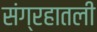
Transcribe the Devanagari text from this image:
संग्रहातली